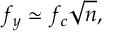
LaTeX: f _ { y } \simeq f _ { c } \sqrt { n } ,